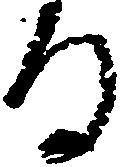
る